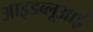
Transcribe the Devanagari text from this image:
आइडब्लूआई